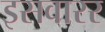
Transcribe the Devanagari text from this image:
इसवारर